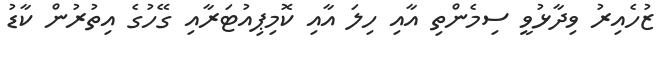
ޒުހެއިރު ވިދާޅުވީ ސިމެންތި އާއި ހިލަ އާއި ކޮމިޕިއުޓަރާއި ގޭހުގެ އިތުރުން ކާޑު